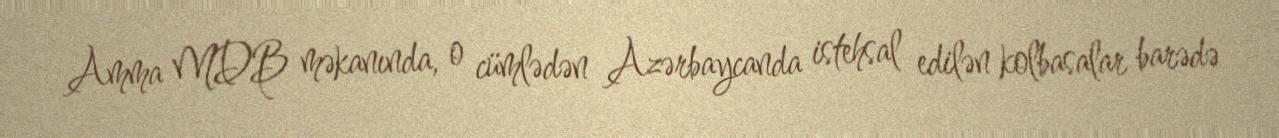
Amma MDB məkanında, o cümlədən Azərbaycanda istehsal edilən kolbasalar barədə